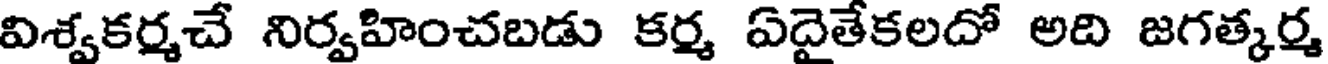
విశ్వకర్మచే నిర్వహించబడు కర్మ ఏదైతేకలదో అది జగత్కర్మ